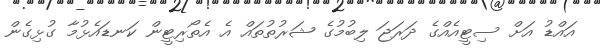
އައްޑު އަށް ސިޓީއެއްގެ ދަރަޖަ ލިބުމުގެ ޝަރުތުތައް އެ އެތޯރިޓީން ކަނޑައެޅުމާ ގުޅިގެން